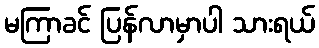
မကြာခင် ပြန်လာမှာပါ သားရယ်